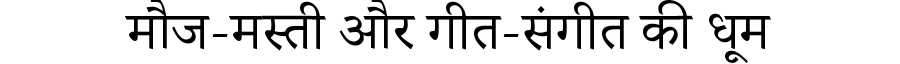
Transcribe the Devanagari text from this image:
मौज-मस्ती और गीत-संगीत की धूम